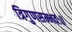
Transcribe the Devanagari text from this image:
त्रिगुणसम्भवः॥